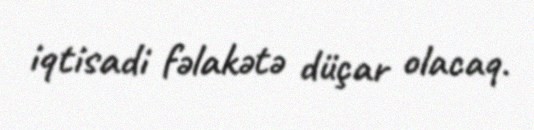
iqtisadi fəlakətə düçar olacaq.